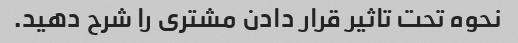
نحوه تحت تاثیر قرار دادن مشتری را شرح دهید.